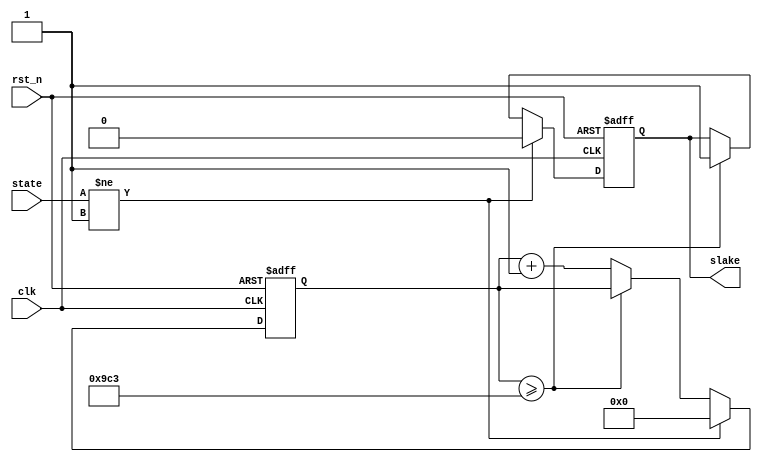
`timescale 1ns / 1ps
//////////////////////////////////////////////////////////////////////////////////
// Company: 
// Engineer: 
// 
// Design Name: 
// Module Name: TensTimer
// Project Name: 
// Target Devices: 
// Tool Versions: 
// Description: 
// 
// Dependencies: 
// 
// Revision:
// Revision 0.01 - File Created
// Additional Comments:
// 
//////////////////////////////////////////////////////////////////////////////////


module TensTimer(
    input wire       clk,//250Hz
    input wire       rst_n,
    input wire [1:0] state,
    output reg       slake
);
    parameter ZERO = 2'b01;
    reg [11:0] cnt = 0;  
    
always@(posedge clk, negedge rst_n)
    begin
        if(!rst_n)
            begin
                slake <= 0;
                cnt   <= 0;
            end
        else if(state != ZERO)
            begin
                slake <= 0;
                cnt   <= 0;
            end
        else if(cnt >= 2499)
                slake <= 1;
        else
                cnt   <= cnt+1;
    end
endmodule